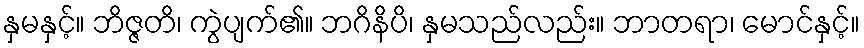
နှမနှင့်။ ဘိဇ္ဇတိ၊ ကွဲပျက်၏။ ဘဂိနိပိ၊ နှမသည်လည်း။ ဘာတရာ၊ မောင်နှင့်။